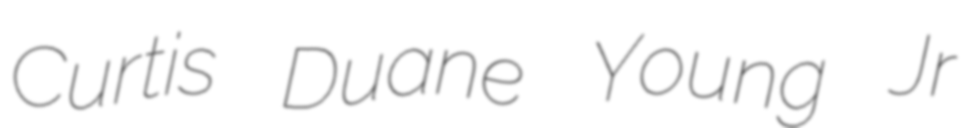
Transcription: Curtis Duane Young Jr